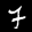
Label: 7